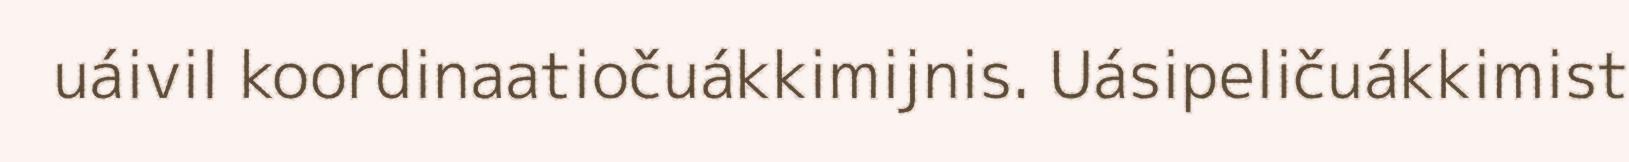
uáivil koordinaatiočuákkimijnis. Uásipeličuákkimist